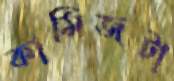
কামিজটা